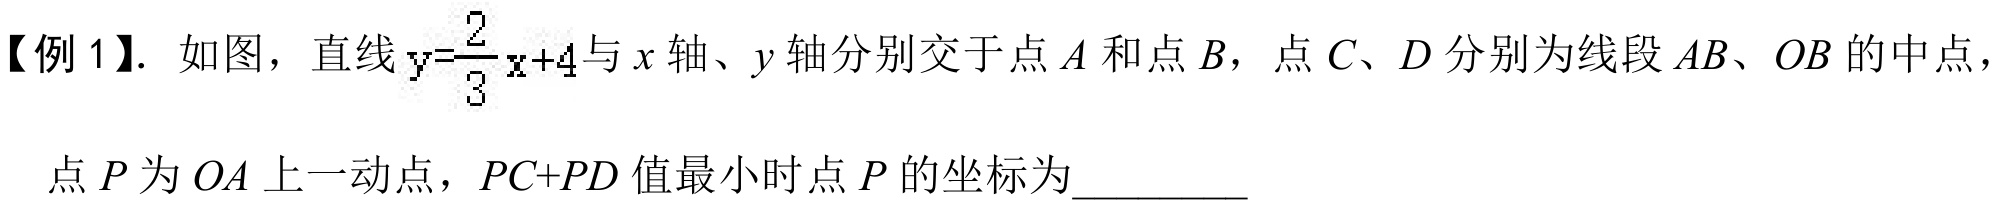
【例1】. 如图，直线\(y = \dfrac{2}{3}x + 4\)与\(x\)轴、\(y\)轴分别交于点\(A\)和点\(B\)，点\(C、D\)分别为线段\(AB、OB\)的中点，
点\(P\)为\(OA\)上一动点，\(PC + PD\)值最小时点\(P\)的坐标为_________